Report of the Municipal Commissioner on the plague in Bombay for the year ending 31st May... - Volume 1
Disease focus: Plague
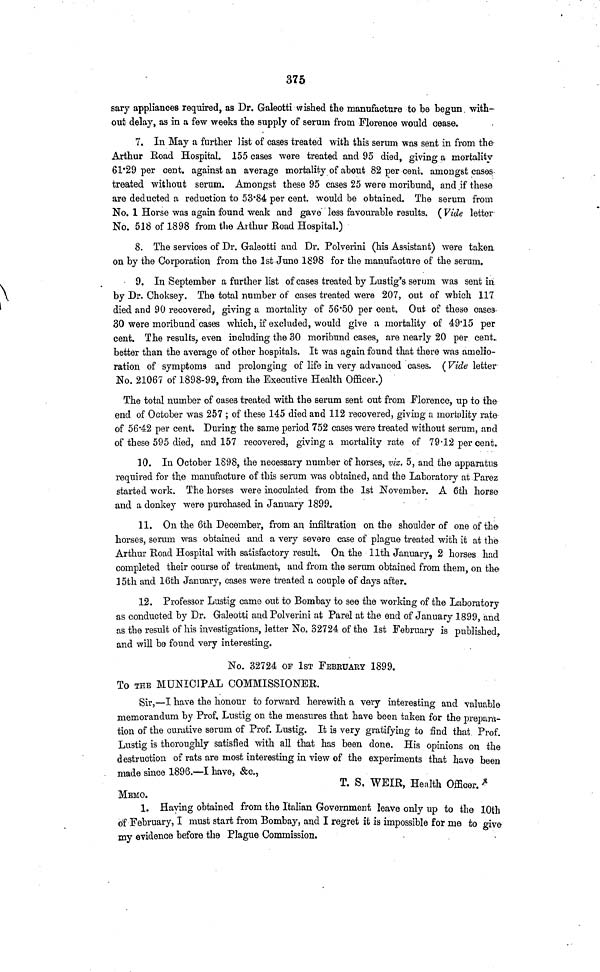
375
sary appliances required, as Dr. Galeotti wished the manufacture to be begun with-
out delay, as in a few weeks the supply of serum from Florence would cease.
7. In May a further list of cases treated with this serum was sent in from the
Arthur Road Hospital. 155 cases were treated and 95 died, giving a mortality
61·29 per cent, against an average mortality of about 82 per cent, amongst cases
treated without serum. Amongst these 95 cases 25 were moribund, and if these
are deducted a reduction to 53·84 per cent, would be obtained. The serum from
No. 1 Horse was again found weak and gave less favourable results. ( Vide letter
No. 518 of 1898 from the Aithur Road Hospital.)
8. The services of Dr. Galeotti and Dr. Polverini (his Assistant) were taken
on by the Corporation from the 1st June 1898 for the manufacture of the serum.
9. In September a further list of cases treated by Lustig's serum was sent in
by Dr. Choksey. The total number of cases treated were 207, out of which 117
died and 90 recovered, giving a mortality of 56·50 per cent. Out of these cases
30 were moribund cases which, if excluded, would give a mortality of 49·15 per
cent. The results, even including the 30 moribund cases, are nearly 20 per cent,
better than the average of other hospitals. It was again found that there was amelio-
ration of symptoms and prolonging of life in very advanced cases. (Vide letter
No. 21067 of 1898-99, from the Executive Health Officer.)
The total number of cases treated with the serum sent out from Florence, up to the
end of October was 257 ; of these 145 died and 112 recovered, giving a mortality rate-
of 56·42 per cent. During the same period 752 cases were treated without serum, and
of these 595 died, and 157 recovered, giving a mortality rate of 79·12 per cent.
10. In October 1898, the necessary number of horses, viz. 5, and the apparatus-
required for the manufacture of this serum was obtained, and the Laboratory at Parez
started work. The horses were inoculated from the 1st November. A 6th horse
and a donkey were purchased in January 1899.
11. On the 6th December, from an infiltration on the shoulder of oneofthe-
horses, serum was obtained and a very severe case of plague treated with it at the
Arthur Road Hospital with satisfactory result. On the 11th January, 2 horses had
completed their course of treatment, and from the serum obtained from them, on the
15th and 16th January, cases were treated a couple of days after.
12. Professor Lustig came out to Bombay to see the working of the Laboratory
as conducted by Dr. Galeotti and Polverini at Parel at the end of January 1899, and
as the result of his investigations, letter No. 32724 of the 1st February is published,
and will be found very interesting.
No. 32724 OF 1ST FEBRUARY 1899.
To THE MUNICIPAL COMMISSIONER.
Sir,—I have the honour to forward herewith a very interesting and valuable
memorandum by Prof, Lustig on the measures that have been taken for the prepara-
tion of the curative serum of Prof. Lustig. It is very gratifying to find that Prof.
Lustig is thoroughly satisfied with all that has been done. His opinions on the
destruction of rats are most interesting in view of the experiments that have been
made since 1896.—I have, &c.,
T. S. WEIR, Health Officer.
MEMO.
1. Haying obtained from the Italian Government leave only up to the 10th
of February, I must start from Bombay, and I regret it is impossible for me to give
my evidence before the Plague Commission.